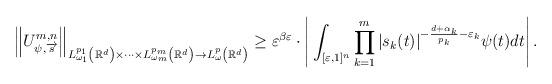
LaTeX: \begin{align*}\left\|U^{m,n}_{\psi,\overrightarrow{s}}\right\|_{L^{p_1}_{\omega_1}\left(\mathbb R^d\right)\times\cdots\times L^{p_m}_{\omega_m}\left(\mathbb R^d\right)\to L^{p}_{\omega}\left(\mathbb R^d\right)}\geq \varepsilon^{\beta\varepsilon}\cdot\left|\,\int_{[\varepsilon,1]^n}\prod_{k=1}^m|s_k(t)|^{-\frac{d+\alpha_k}{p_k}-\varepsilon_k}\psi(t)dt\right|.\end{align*}